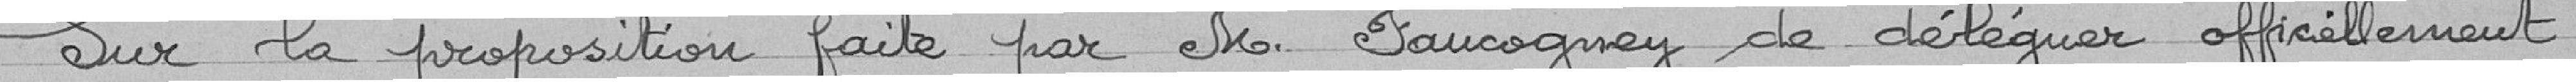
Sur la proposition faite par M. Faucogney de déléguer officiellement